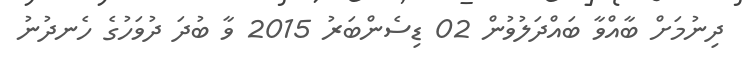
ދިނުމަށް ބާއްވާ ބައްދަލުވުން 02 ޑިސެންބަރު 2015 ވާ ބުދަ ދުވަހުގެ ހެނދުނު